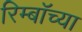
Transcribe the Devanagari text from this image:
रिम्बॉच्या